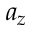
a _ { z }